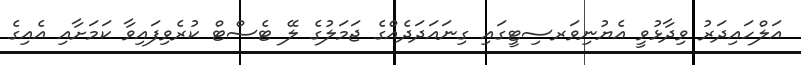
އަލްހައިދަރު ވިދާޅުވީ އެޔުނިވަރސިޓީގައި ގިނައަދަދެއްގެ ޖަމަލުގެ ލޭ ޓެސްޓް ކުރެވިފައިވާ ކަމަށާއި އެއިގެ